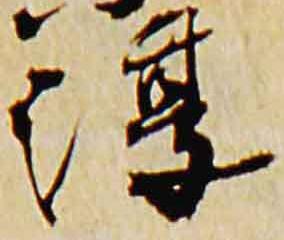
淳